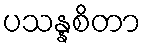
ပသန္နစိတာ